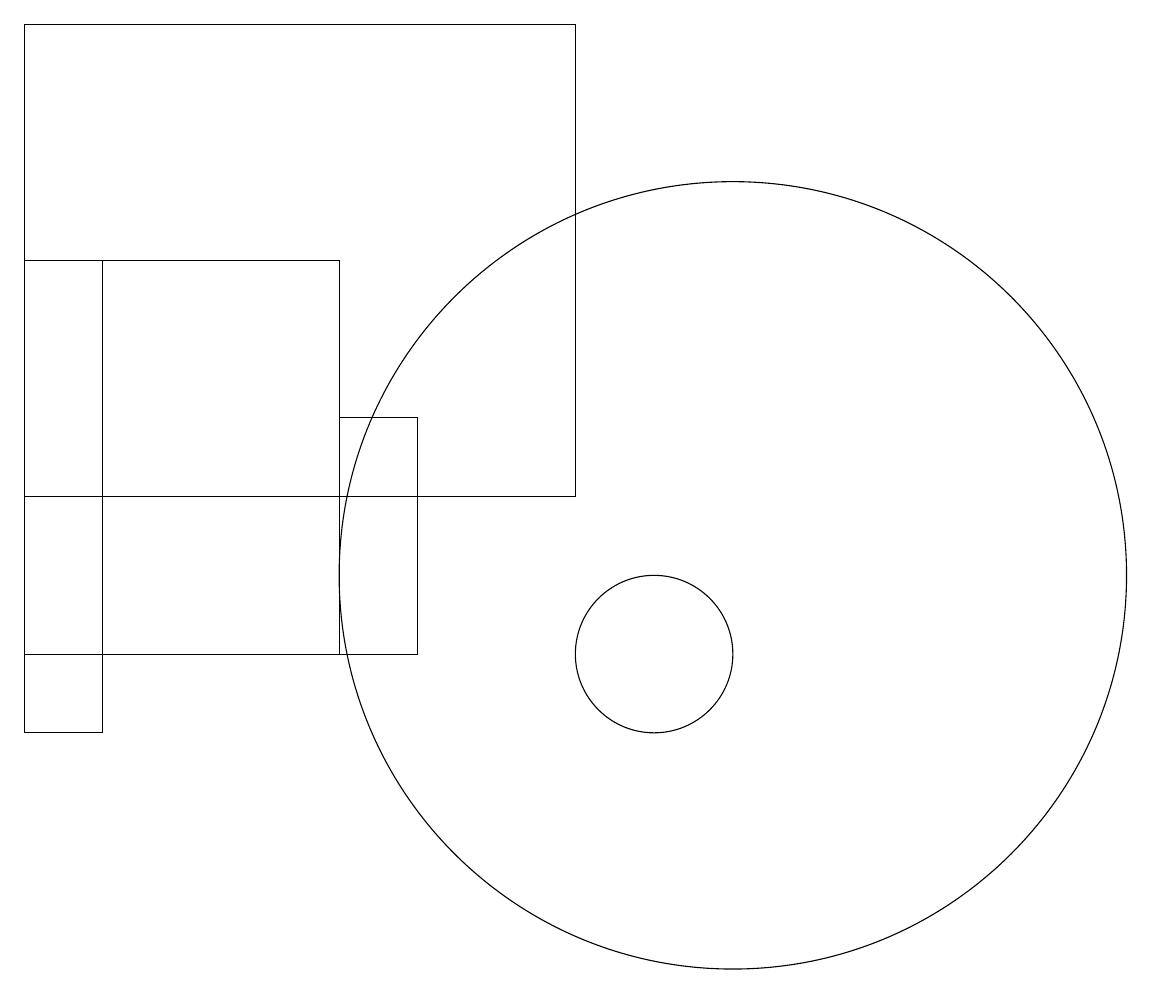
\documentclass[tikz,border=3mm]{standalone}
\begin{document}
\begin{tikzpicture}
\draw (6,14) rectangle (7,11);
\draw (6,16) rectangle (2,11);
\draw (11,12) circle (5);
\draw (10,11) circle (1);
\draw (9,19) rectangle (2,13);
\draw (2,10) rectangle (3,16);
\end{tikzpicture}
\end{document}